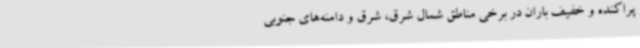
پراکنده و خفیف باران در برخی مناطق شمال شرق، شرق و دامنه‌های جنوبی